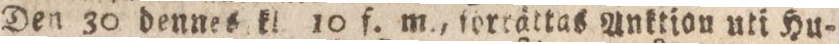
Den 30 dennes kl. 10 f. m., förrättas Anktion uti Hu=